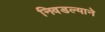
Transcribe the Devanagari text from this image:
निवडल्याने